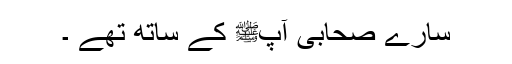
سارے صحابی آپﷺ کے ساتھ تھے ۔